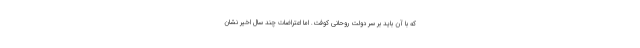
که با آن باید بر سر دولت روحانی کوفت. اما اعتراضات چند سال اخیر نشان